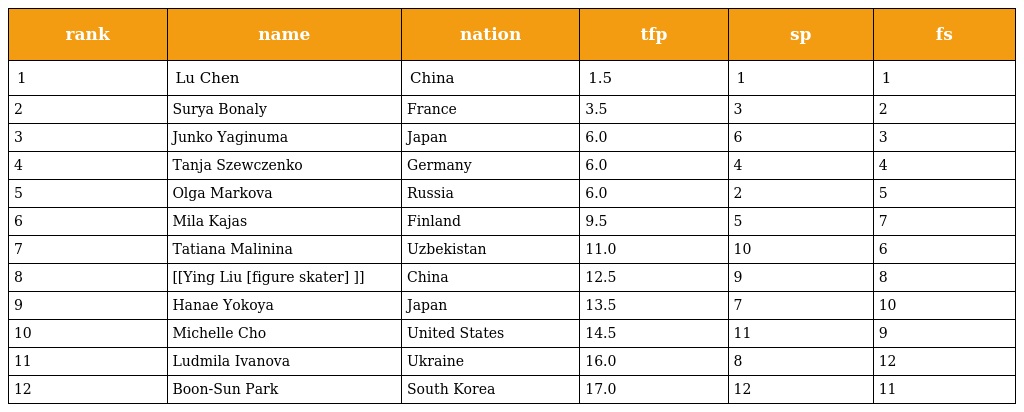
| rank | name | nation | tfp | sp | fs |
 | --- | --- | --- | --- | --- | --- |
 | 1 | Lu Chen | China | 1.5 | 1 | 1 |
 | 2 | Surya Bonaly | France | 3.5 | 3 | 2 |
 | 3 | Junko Yaginuma | Japan | 6.0 | 6 | 3 |
 | 4 | Tanja Szewczenko | Germany | 6.0 | 4 | 4 |
 | 5 | Olga Markova | Russia | 6.0 | 2 | 5 |
 | 6 | Mila Kajas | Finland | 9.5 | 5 | 7 |
 | 7 | Tatiana Malinina | Uzbekistan | 11.0 | 10 | 6 |
 | 8 | [[Ying Liu [figure skater] ]] | China | 12.5 | 9 | 8 |
 | 9 | Hanae Yokoya | Japan | 13.5 | 7 | 10 |
 | 10 | Michelle Cho | United States | 14.5 | 11 | 9 |
 | 11 | Ludmila Ivanova | Ukraine | 16.0 | 8 | 12 |
 | 12 | Boon-Sun Park | South Korea | 17.0 | 12 | 11 |